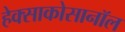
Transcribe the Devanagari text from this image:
हेक्साकोसानॉल